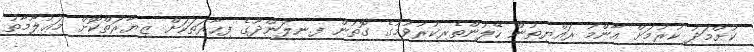
ކުށްމަދު ކުރުމަށް އާންމު ރައްޔިތުން ހޭލުންތެރިކުރުވުމުގެ ގޮތުން ފ.ނިލަންދޫގެ ފިހާރަތަކަށް ޒިޔާރަތްކޮށް މަޢުލޫމާތު